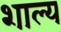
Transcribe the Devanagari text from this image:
शाल्य